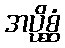
အပ္ပိစ္ဆံ